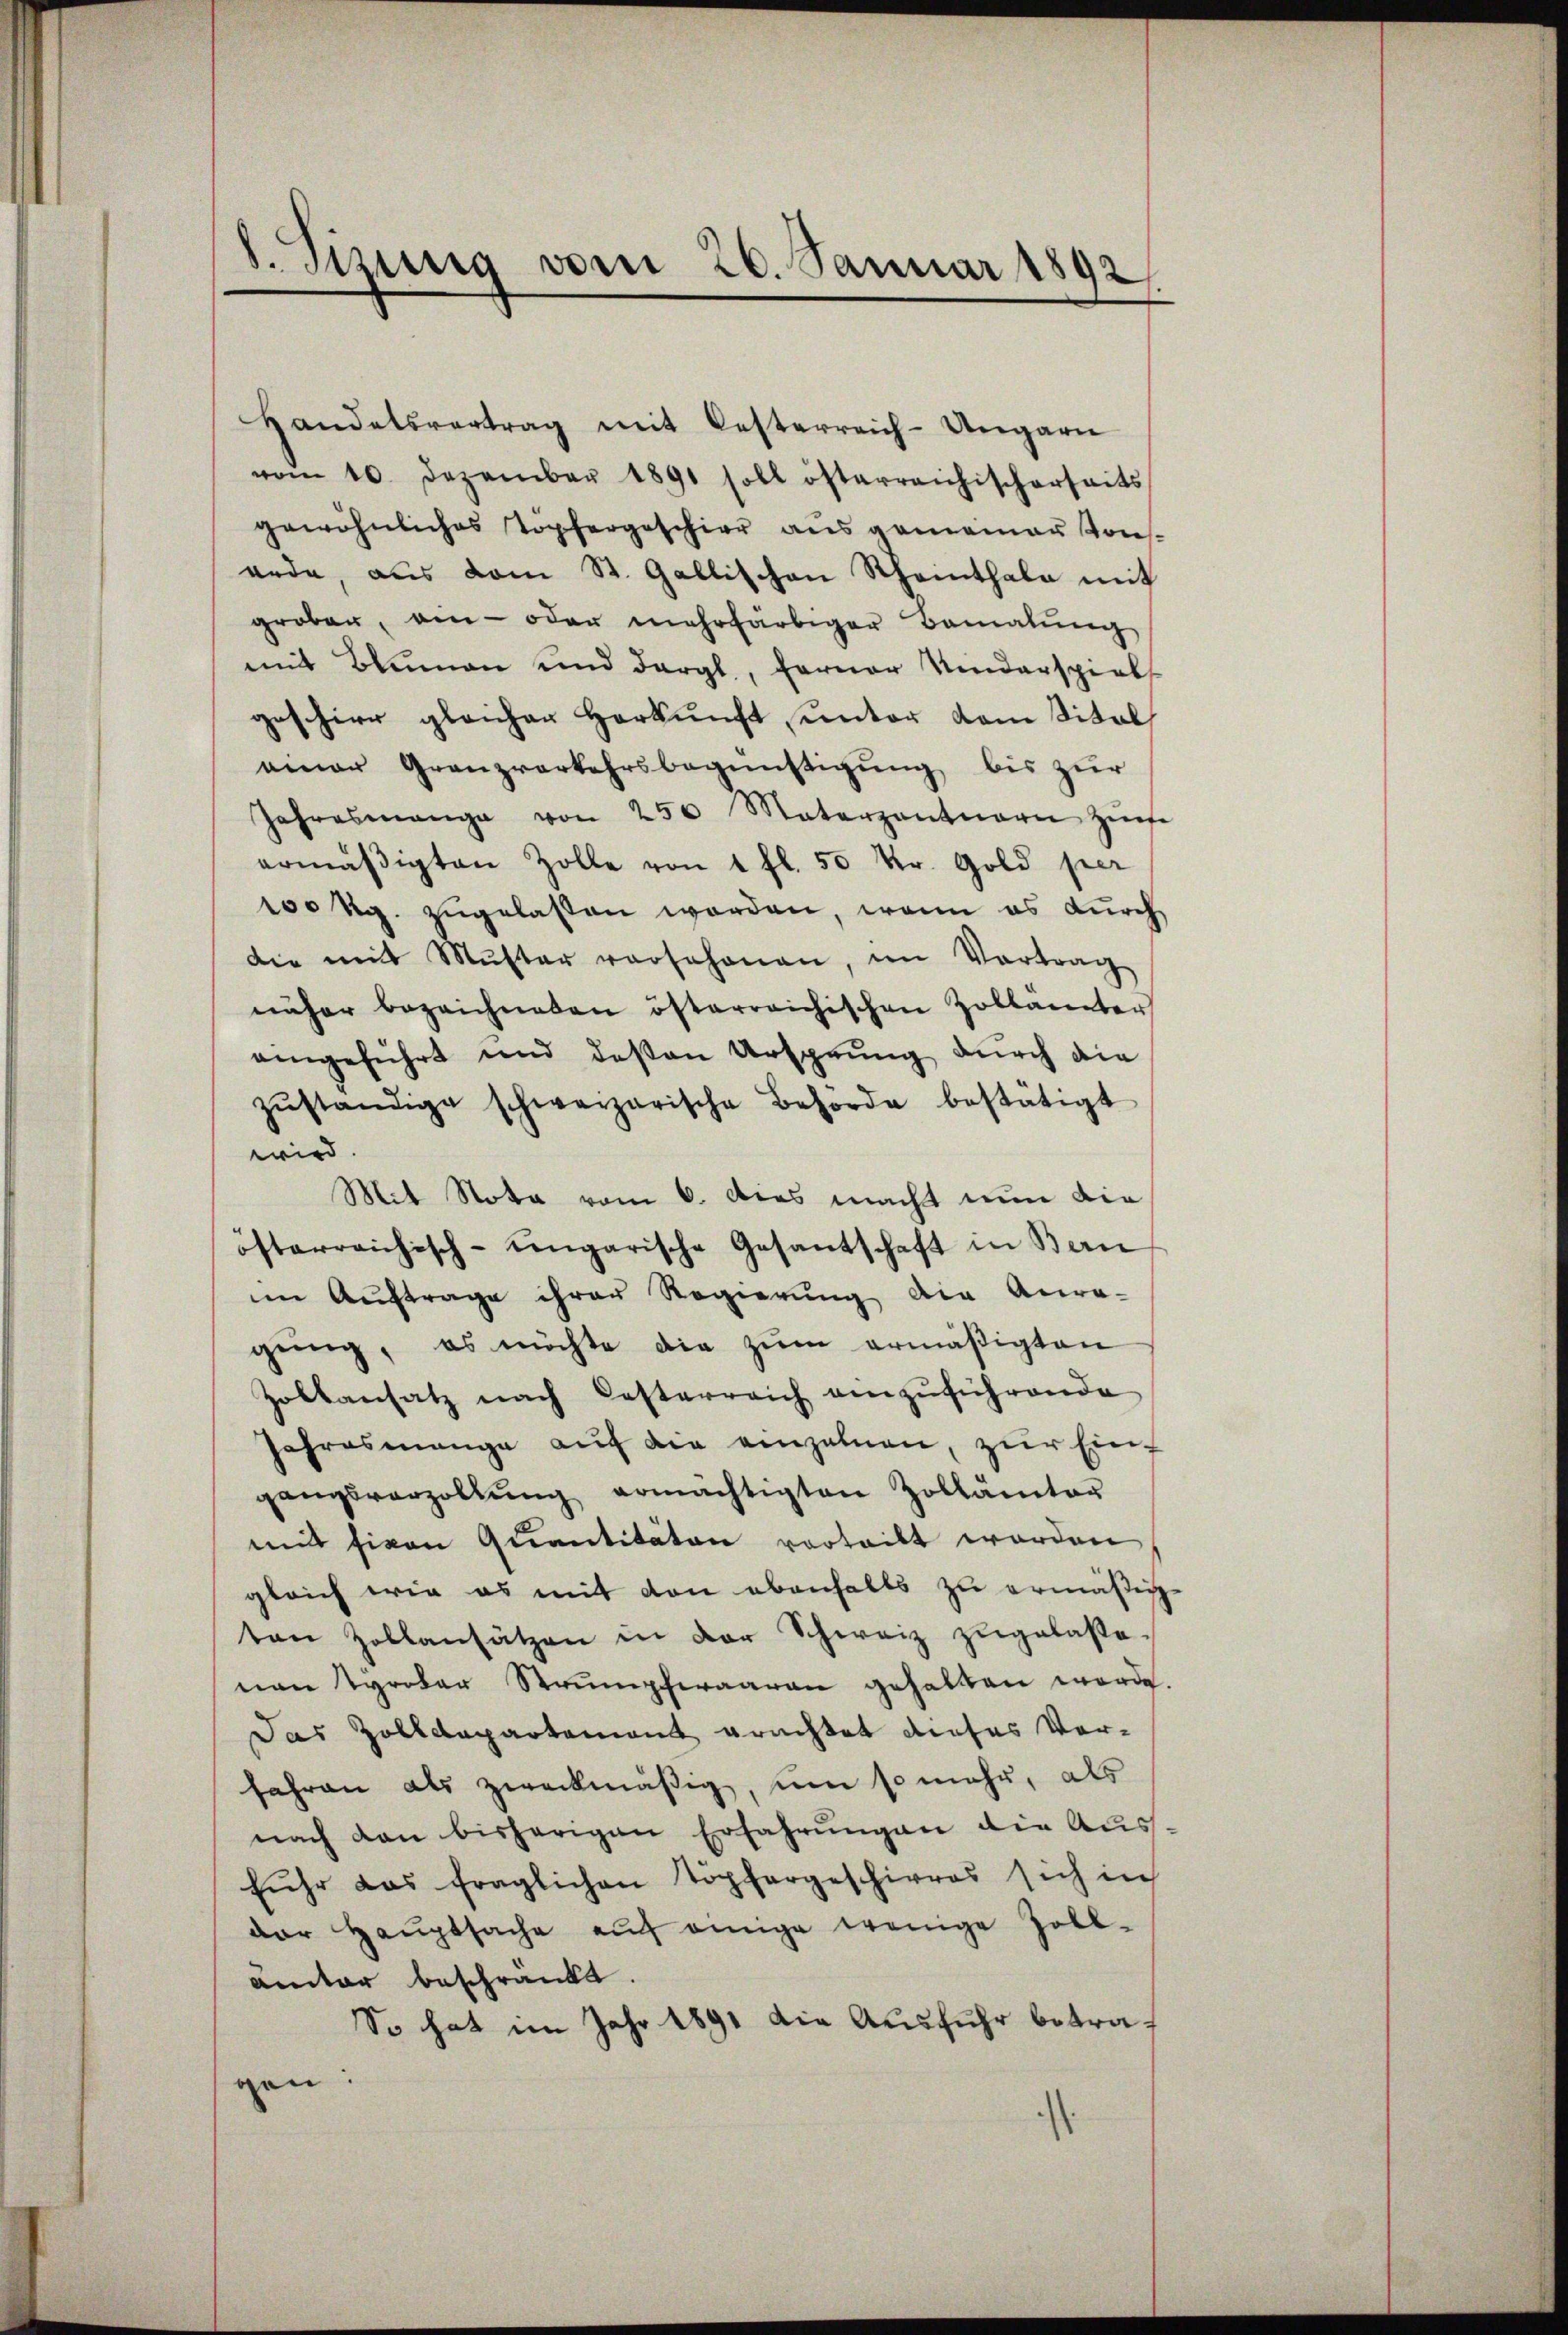
8. Sizung vom 26. Januar 1892,

Handelsvertrag mit Oesterreich-Ungarn
vom 10. Dezember 1891 soll österreichischerseits
gewöhnliches Topfergeschier ausgemeiner Konserde, aŭs vom St. Gallischen Scheinthale mit
grober, ain - oder mehrfärbiger Bemalŭng
mit Blumen und dergl., ferner Kinderspiels
geschier gleicher Herkunft unter vom Titel
einer Granzverkehrsbegünstigung bis zur
Jahresmange von 250 Materzantnern Zinse
ermäβigten Zolle von 1 fl. 50 kr. Gold per
100 Kg. zugelassen worden, wenn es durch
die mit Muster vorschonen, im Vortrag
näher bezeichneten österreichischen Zollanter
eingeführt und deßen Ursprung durch die
zŭständige schweizerische Behörde bestätigt
wird
Mit Nota vom 6. Dies macht nun die
österreichisch-ungarische Gesantschaft in Ban
im Auftrage ihrer Regierung die Anre-
gŭng, es möchte die zŭm ermäßigten
Zoltansatz nach Oesterreich einzŭführende
jahres mange aŭf die einzelnen, zur Eingangsverzollŭng ermächtigten Zollämter
mit fivon Quantitäten verteilt worden
gleich wie es mit den ebenfalls zu ermäßige
ten Zollansätzen in der Schweiz zugelaste-
nen Tyroler Strümpferaaran gehalten werde.
Das Zolldepartement erachtet dieses Verfahren als zweckmäßig, um so mehr, als
nach den bisherigen Erfahrungen die Aus
fŭhr das fraglichen Töpfergeschirres sich in
dar Haŭptsache aŭf einige wenige Zoll-
ämter beschränkt.
So hat im Jahr 1891 die Ausfuhr betraf
gen:
.